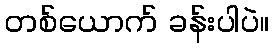
တစ်ယောက် ခန်းပါပဲ။